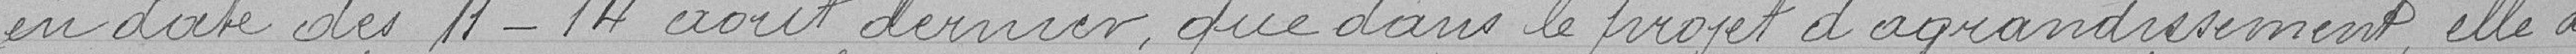
en date des 11-14 aout dernier que dans le projet d'agrandissement, elle a